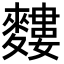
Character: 𪍣